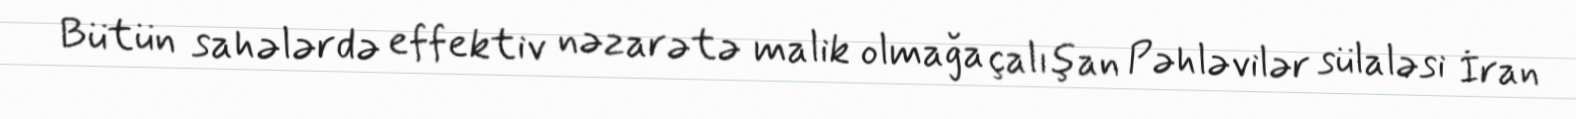
Bütün sahələrdə effektiv nəzarətə malik olmağa çalışan Pəhləvilər sülaləsi İran